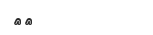
٣٤